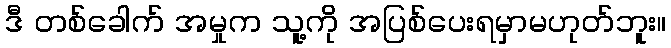
ဒီ တစ်ခေါက် အမှုက သူ့ကို အပြစ်ပေးရမှာမဟုတ်ဘူး။